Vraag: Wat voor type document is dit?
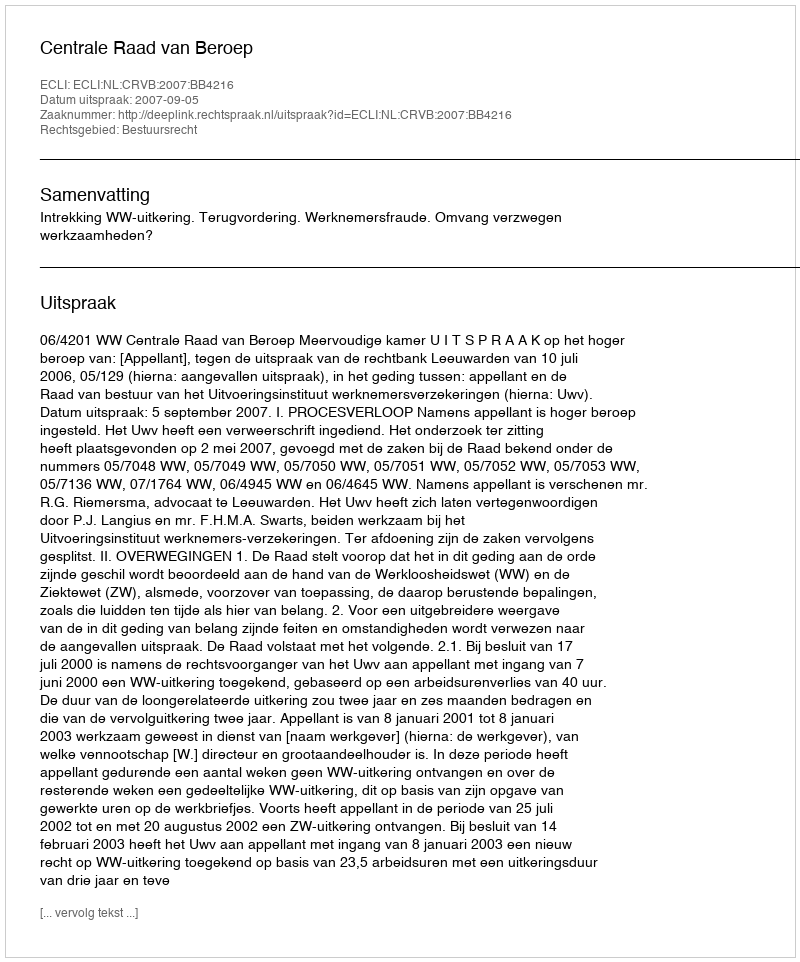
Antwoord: Uitspraak